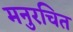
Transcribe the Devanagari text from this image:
मनुरचित